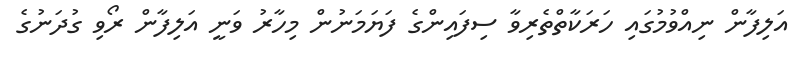
އަލިފާން ނިއްވުމުގައި ހަރަކާތްތެރިވާ ސިފައިންގެ ފަޔަމަނުން މިހާރު ވަނީ އަލިފާން ރޯވި ގުދަނުގެ